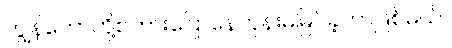
ကျွန်တော်တို့စကားပြောနေတုန်းမမြင်ခဲ့တာဖြစ်မယ်။